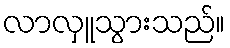
လာလှူသွားသည်။